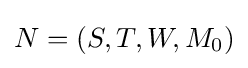
N=(S,T,W,M_{0})